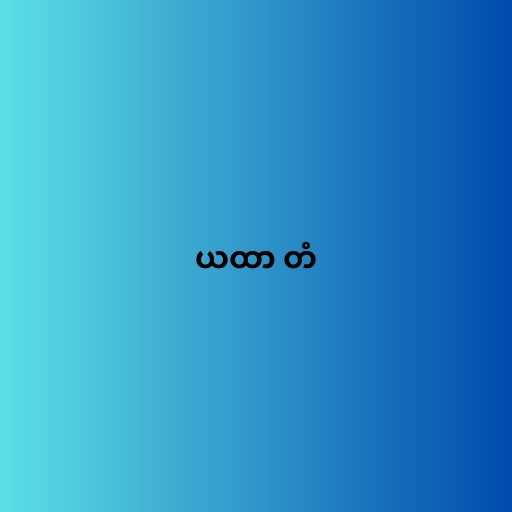
ယထာ တံ